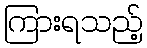
ကြားရသည့်